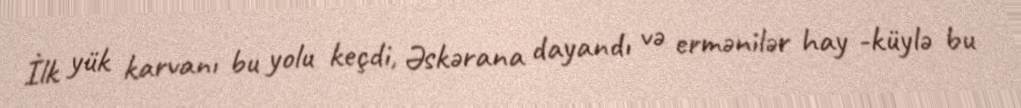
İlk yük karvanı bu yolu keçdi, Əskərana dayandı və ermənilər hay -küylə bu